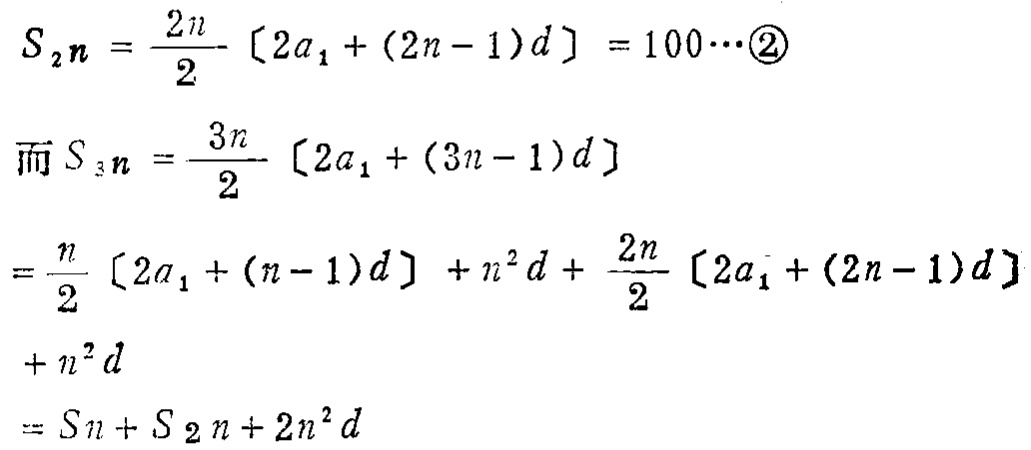
\[

\begin{align*}

S_{2n}&=\frac{2n}{2}[2a_1+(2n - 1)d]=100\cdots\textcircled{2}\\

\text{而}S_{3n}&=\frac{3n}{2}[2a_1+(3n - 1)d]\\

&=\frac{n}{2}[2a_1+(n - 1)d]+n^2d+\frac{2n}{2}[2a_1+(2n - 1)d]\\

&+n^2d\\

&=S_n+S_{2n}+2n^2d

\end{align*}

\]